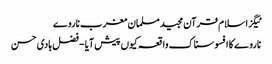
ٹیگزاسلام قرآن مجید مسلمان مغرب ناروے
ناروے کا افسوسناک واقعہ کیوں پیش آیا - فضل ہادی حسن